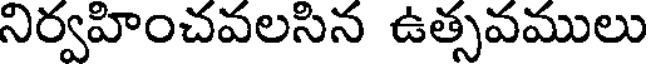
నిర్వహించవలసిన ఉత్సవములు